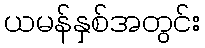
ယမန်နှစ်အတွင်း